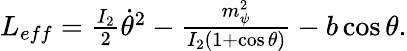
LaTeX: \begin{array}{r}{L_{eff}=\frac{I_{2}}{2}\dot{\theta}^{2}-\frac{m_{\psi}^{2}}{I_{2}(1+\cos\theta)}-b\cos\theta.}\end{array}